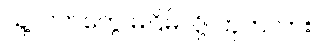
သူ့လက်တွေ မငြိမ်လို့၊ ဟုတ်လား။